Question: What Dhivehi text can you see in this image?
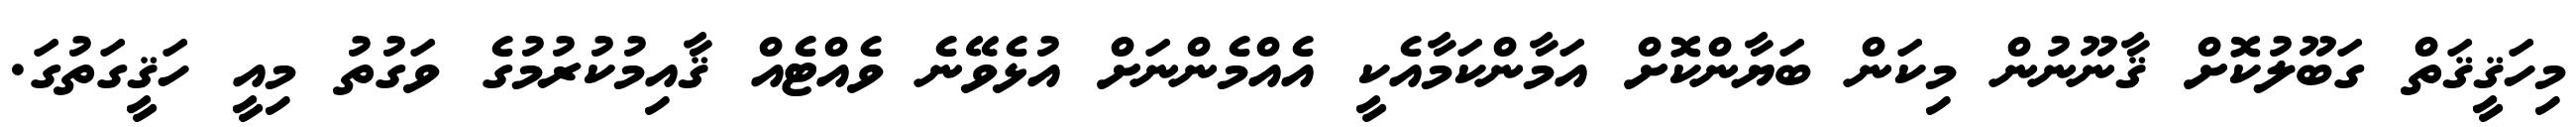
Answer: މިހަޤީޤަތް ގަބޫލުކޮށް ޤާނޫނުން މިކަން ބަޔާންކޮށް އަމާންކަމާއެކީ އެއްމެންނަށް އުޅެވޭނެ ވެއްޓެއް ޤާއިމުކުރުމުގެ ވަގުތު މިއީ ހަޤީގަތުގަ.